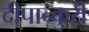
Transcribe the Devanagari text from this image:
दीपान्कुरी